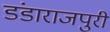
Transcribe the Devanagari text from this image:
डंडाराजपुरी